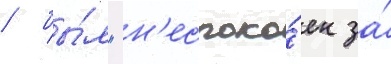
/ бы́л "н'еспоко́ен за́